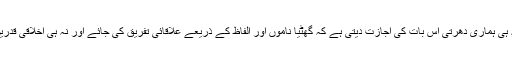
نہ ہی ہماری دھرتی اس بات کی اجازت دیتی ہے کہ گھٹیا ناموں اور الفاظ کے ذریعے علاقائی تفریق کی جائے اور نہ ہی اخلاقی قدریں۔